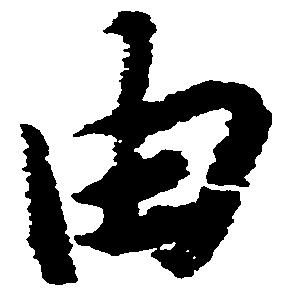
由